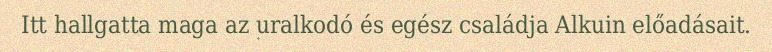
Itt hallgatta maga az uralkodó és egész családja Alkuin előadásait.